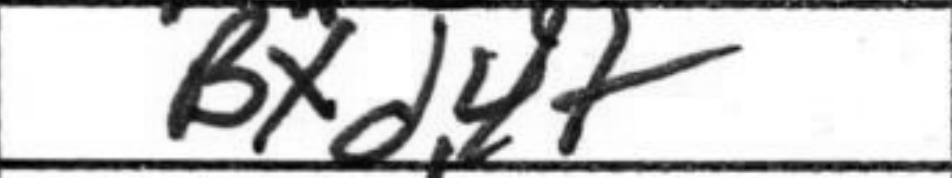
Transcription: Bxd4+